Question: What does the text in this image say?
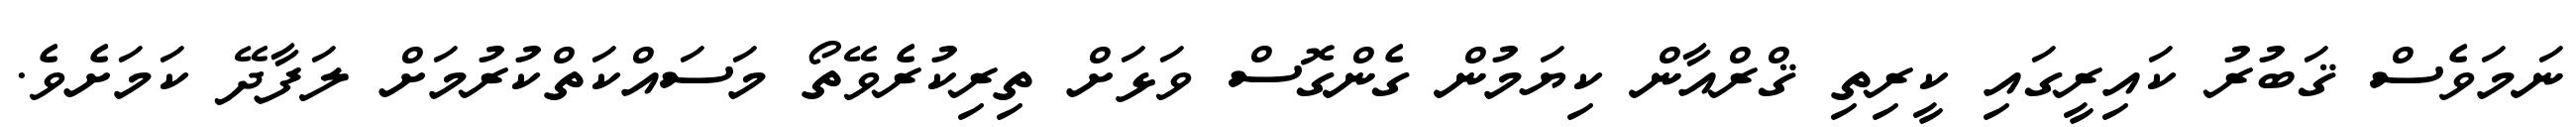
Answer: ނަމަވެސް ޤަބުރު ކައިރީގައި ކީރިތި ޤްރްއާން ކިޔަމުން ގެންގޮސް ވަޅަށް ތިރިކުރެވޭތޯ މަސައްކަތްކުރުމަށް ލަފާދޭ ކަމަށެވެ.